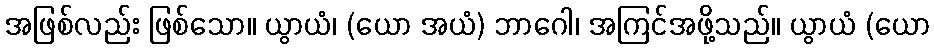
အဖြစ်လည်း ဖြစ်သော။ ယွာယံ၊ (ယော အယံ) ဘာဂေါ၊ အကြင်အဖို့သည်။ ယွာယံ (ယော